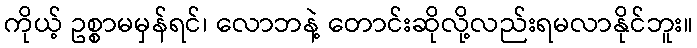
ကိုယ့် ဥစ္စာမမှန်ရင်၊ လောဘနဲ့ တောင်းဆိုလို့လည်းရမလာနိုင်ဘူး။